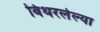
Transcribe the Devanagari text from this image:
बिथरलेल्या